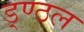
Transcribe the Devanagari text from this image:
ड्ण्ठल